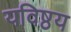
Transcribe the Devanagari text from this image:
यविष्ठय